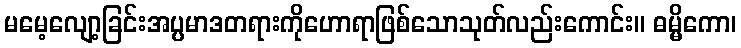
မမေ့လျော့ခြင်းအပ္ပမာဒတရားကိုဟောရာဖြစ်သောသုတ်လည်းကောင်း။ ဓမ္မိကော၊